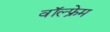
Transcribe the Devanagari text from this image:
वॉल्फ्रेम